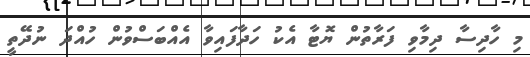
މި ހާދިސާ ދިމާވި ފަރާތުން ޔޮޓާ އެކު ހަދާފައިވާ އެއްބަސްވުން ހުއްދަ ނުދޭތީ